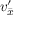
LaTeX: \ v _ { \bar { x } } ^ { \prime }